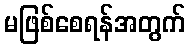
မဖြစ်စေရန်အတွက်